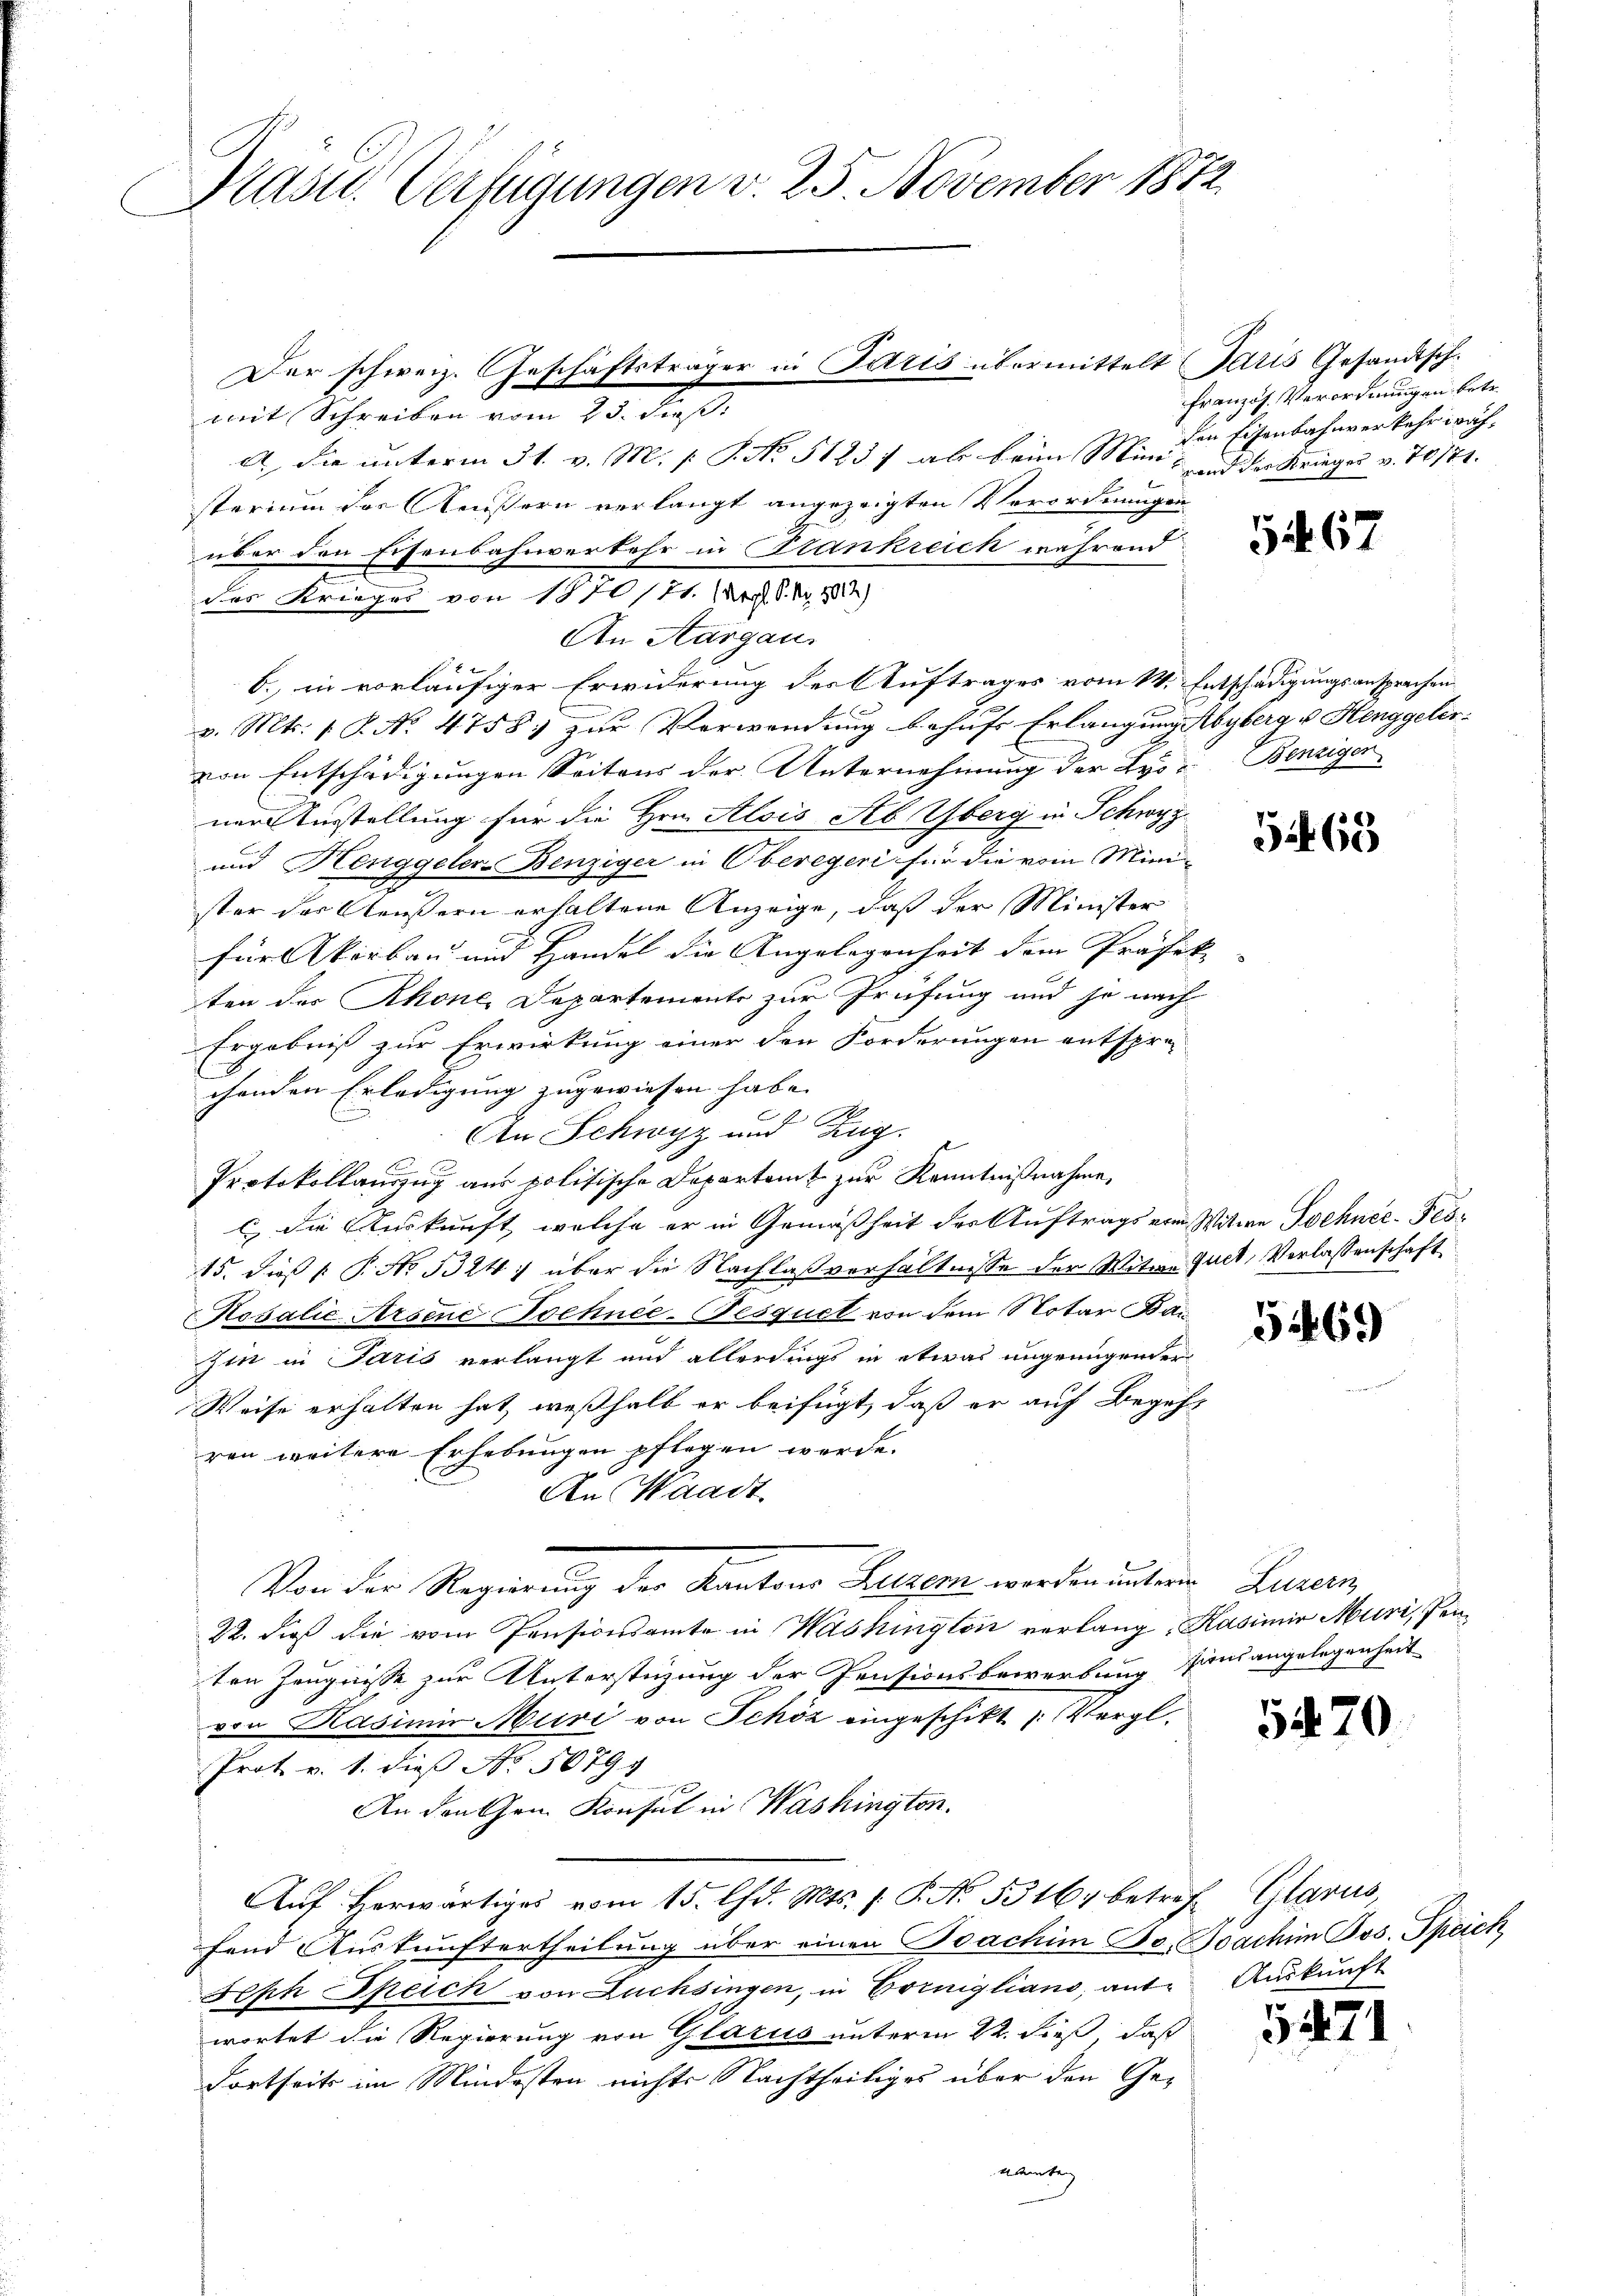
Kasid. Verfügungen v. 25. November 1872

mit Schreiben vom 23. dieß:
A.) Die unterm 31. v. M. s. S. No. 51837 ab beim Minis und der Krieges v. 10174.
sterium der Äußern verlangt angezeigten Vorordnungen
über den Eisenbahnverkehr in Stankreich während
An Aargau.
1
6. in vorläufiger Erwiderung des Auftrages vom 14. Entschädigungsansprechen
v. Mts. 1. P. No. 4758 zur Verwendung behufs Erlangung Abyberg u Henggeler-
von Entschädigungen Seitens der Unternehmung der Lyor Benziger
ner Ausstellung für die Hrn. Alois Seb Yberg in Schwyz
und Henggeler-Benziger in Oberegeri für die vom Mini-
ster der Aeußern erhaltene Anzeige, daß der Minister
für Akorbau und Handel die Angelegenheit dem Präfek- |
ten des Rhone, Departemente zur Prüfung und je nach
Ergebniß zur Erwirkung einer den Forderungen entspre-
chenden Erledigung zugewiesen habe. |
A
E
An Schwyz und Zug.
A
Protokollauszug aus politische Departamt zur Kenntnißnahme,
c die Auskunft, welche er in Gemäßheit der Auftrags von Witwe Schnee-Fes¬
15. dies   P. No 3324) über die Nachlaßverhältnisse der Witwe Guet, Verlassenschaft
Rosalić Arsene Tochnee-Besquel von dem Notar Bau
hin in Paris verlangt und allerdings in etwas ungenügender
Weise erhalten hat, weßhalb er beifügt, daß er auf Begehr
ren weitere Erhebungen pflegen werde.
An Waadt.
Von der Regierung der Kantons Luzern werden unteren Sinnen
22. dieß die vom Pensionsamte in Washington verlang, Kasimir Muri, Penten Zeugnisse zur Unterstüzung der Pensionsbewerbung sind angelegenheit
von Kasimir Muri von Schöz eingeschikt (Vergl.
Prot v. 1. dies No 1079.
An den Chem. Konsul in Washington.
Aŭf herwärtiges vom 15. Chr. Mts. 1. P. Nr. 5316, betref Glarus,
fend Auskunftertheilung über einen Boachim Fr. Joachim Jos. Speich
Seph Speich von Luchsingen, in Bornigliano, ant- Auskunft
wortet die Regierung von Glarus unterm 22. dieß, daß
dortseits im Mindesten nichts Nachtheiliges über den Ge¬

Der schweiz. Geschäftsträger in Paris übermittelt Paris Gesandtsch¬

des Krieger von 1870/71 (Dr. S. Nr. 302)

twerten

französ. Verordnungen betr.
den Eisenbahnverkehr wäh¬

567

5465

5469

5470.

5471